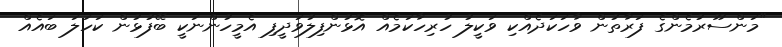
"މަންސޫރުމެންގެ ފަރާތުން ވާހަކަދެއްކި ވަކީލު ހުރިހާކަމެއް އޮޅުންފިލުވަދީފި އެމީހުންނަކީ ބޭފުޅުން ކަހަލަ ބައެއް